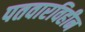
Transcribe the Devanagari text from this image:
पतवारविहीन